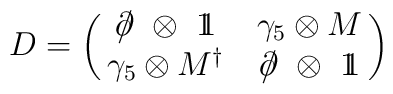
D = \left( \matrix{ \partial \kern -0.5em /  \,\, \otimes \,\,{ 1\kern - .4em 1} &\gamma _5 \otimes M  \cr \gamma _5 \otimes M^{\dag}  &\partial \kern -0.5em /  \,\, \otimes \,\, { 1\kern - .4em 1} }\right)